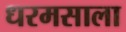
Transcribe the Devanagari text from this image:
धरमसाला